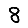
Digit: 8